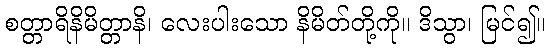
စတ္တာရိနိမိတ္တာနိ၊ လေးပါးသော နိမိတ်တို့ကို။ ဒိသွာ၊ မြင်၍။